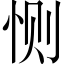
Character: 恻